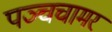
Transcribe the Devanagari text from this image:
पञ्चचामरं